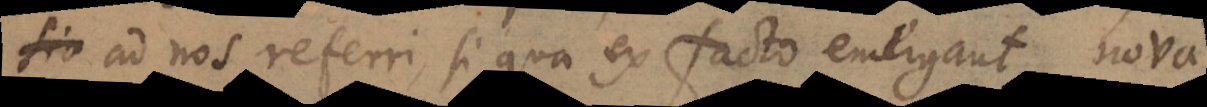
ad nos referri, si qua ex facto emergant, nova